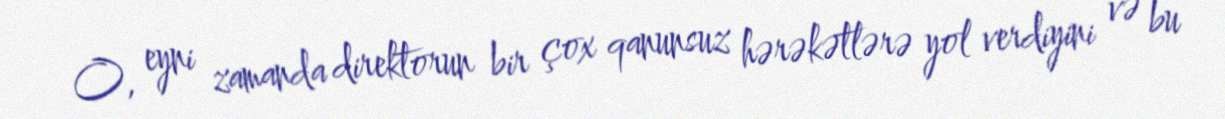
O, eyni zamanda direktorun bir çox qanunsuz hərəkətlərə yol verdiyini və bu